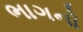
ભાગનો